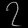
Digit: ၇